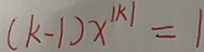
( k - 1 ) x ^ { \vert k \vert } = 1